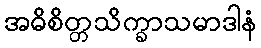
အဓိစိတ္တသိက္ခာသမာဒါနံ